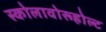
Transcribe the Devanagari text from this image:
स्कोलावोरूहोल्ट